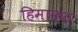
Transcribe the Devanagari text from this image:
हिमाक़त